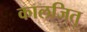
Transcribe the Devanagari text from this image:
कालजित्‌